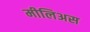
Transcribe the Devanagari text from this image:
मीलिअस